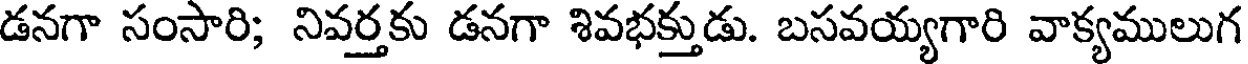
డనగా సంసారి; నివర్తకు డనగా శివభక్తుడు. బసవయ్యగారి వాక్యములుగ